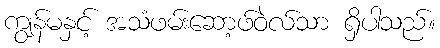
ကျွန်မနှင့် အသံဖမ်းဆော့ဖ်ဝဲလ်သာ ရှိပါသည်။